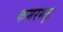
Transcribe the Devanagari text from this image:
कमरगढ़